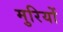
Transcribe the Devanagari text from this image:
मुरियों